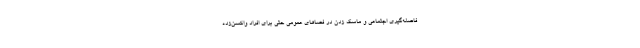
فاصله‌گیری اجتماعی و ماسک زدن در فضاهای عمومی حتی برای افراد واکسن‌زده